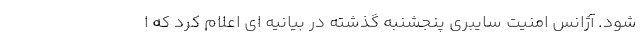
شود. آژانس امنیت سایبری پنجشنبه گذشته در بیانیه ای اعلام کرد که ا